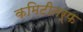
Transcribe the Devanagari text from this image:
कमिटीतर्फ